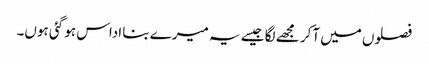
فصلوں میں آکر مجھے لگا جیسے یہ میرے بنا اداس ہو گئی ہوں۔